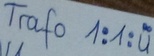
Text: Trafo 1:1:u